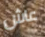
عاش